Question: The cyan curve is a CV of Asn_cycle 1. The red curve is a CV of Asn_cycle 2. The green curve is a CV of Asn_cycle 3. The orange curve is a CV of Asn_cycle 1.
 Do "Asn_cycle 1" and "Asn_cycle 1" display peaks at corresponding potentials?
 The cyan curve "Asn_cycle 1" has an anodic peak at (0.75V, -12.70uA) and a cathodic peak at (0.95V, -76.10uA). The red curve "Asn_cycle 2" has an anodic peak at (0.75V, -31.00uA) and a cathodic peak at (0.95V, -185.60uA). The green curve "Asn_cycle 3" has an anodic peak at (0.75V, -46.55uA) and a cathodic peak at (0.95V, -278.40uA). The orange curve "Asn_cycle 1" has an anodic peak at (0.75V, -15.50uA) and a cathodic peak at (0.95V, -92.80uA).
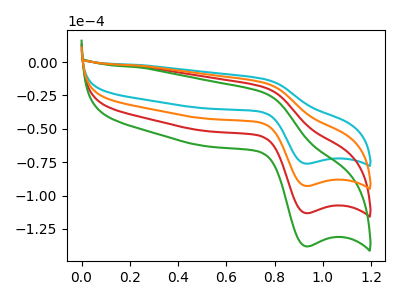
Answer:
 <answer>Yes, "Asn_cycle 1" have a peak in "Asn_cycle 1" at the same potential.</answer>
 <eval>match</eval>